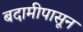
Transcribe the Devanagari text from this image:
बदामीपासून